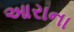
આરાના